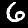
Digit: 6